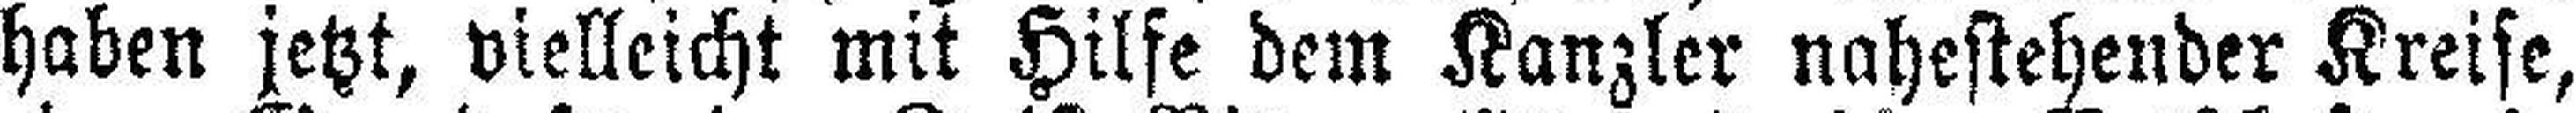
haben jetzt, vielleicht mit Hilfe dem Kanzler nahestehender Kreise,